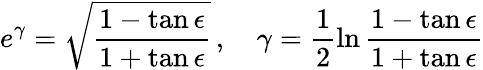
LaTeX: e^{\gamma}=\sqrt{\frac{1-\tan\epsilon}{1+\tan\epsilon}}\, ,~~~~\gamma=\frac{1}{2}\ln\frac{1-\tan\epsilon}{1+\tan\epsilon}